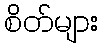
စိတ်များ